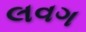
લવગ